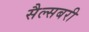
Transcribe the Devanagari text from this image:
सैल्सबरी